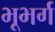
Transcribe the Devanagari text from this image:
भूभर्ग